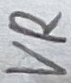
Text: VR